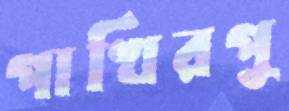
পাখিরপু